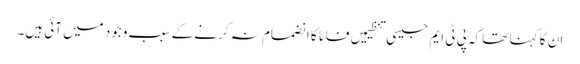
ان کا کہنا تھا کہ پی ٹی ایم جیسی تنظیمیں فاٹا کا انضمام نہ کرنے کے سبب وجود میں آئی ہیں۔